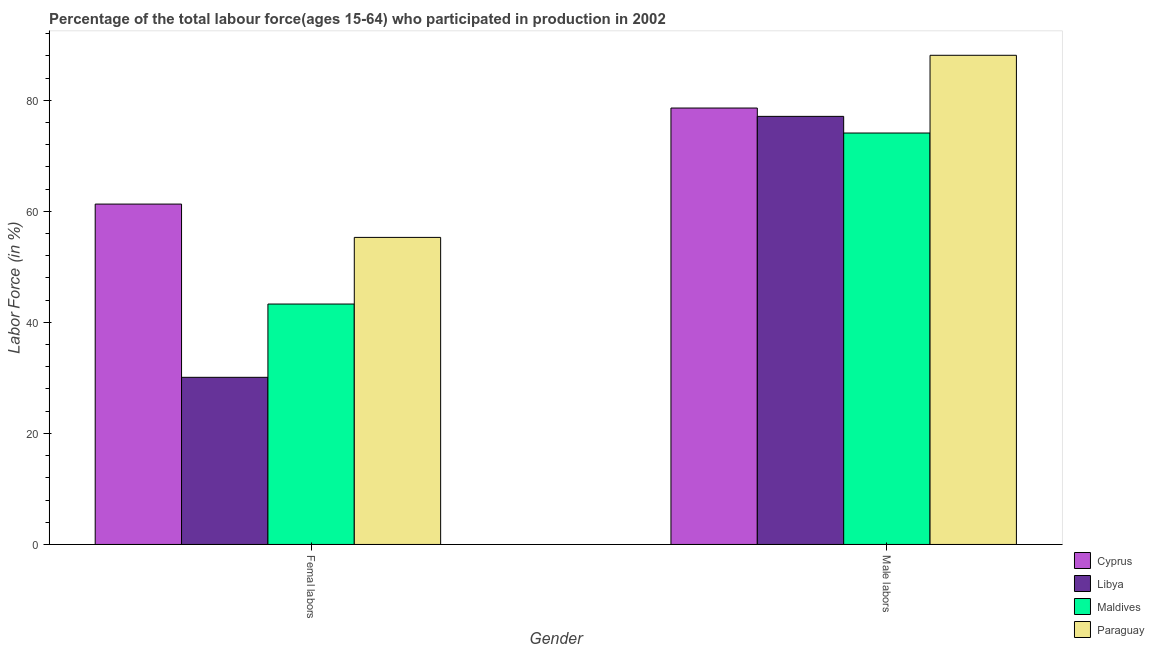
| Gender | Cyprus | Libya | Maldives | Paraguay |
 | --- | --- | --- | --- | --- |
 | Femal labors | 61.3 | 30.1 | 43.3 | 55.3 |
 | Male labors | 78.6 | 77.1 | 74.1 | 88.1 |